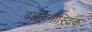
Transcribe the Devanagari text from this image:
डाइगनोस्टिक